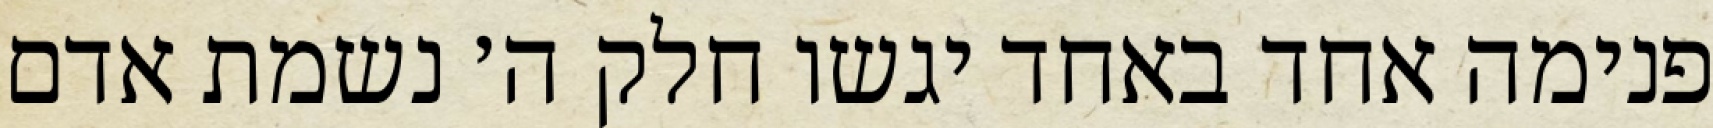
פנימה אחד באחד יגשו חלק ה׳ נשמת אדם